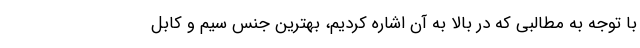
با توجه به مطالبی که در بالا به آن اشاره کردیم، بهترین جنس سیم و کابل